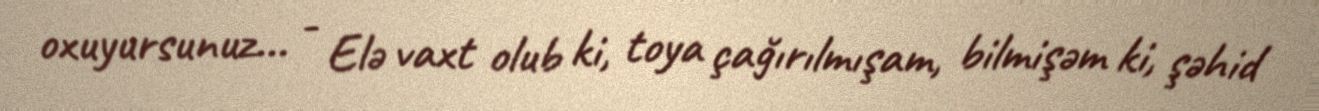
oxuyursunuz... - Elə vaxt olub ki, toya çağırılmışam, bilmişəm ki, şəhid